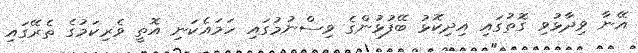
އޭނާ ވިދާޅުވި ގޮތުގައި އިދިކޮޅު ބޭފުޅުންގެ ވިސްނުމުގައި ހަމައެކަނި އޮތީ ވެރިކަމުގެ ތެރޭގައި